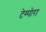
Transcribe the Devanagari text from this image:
टेम्पोरा